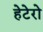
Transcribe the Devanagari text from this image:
हेटेरो